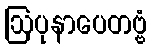
ဩပုနာပေတဗ္ဗံ